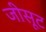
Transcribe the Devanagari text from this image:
जीसूट